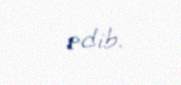
edib.